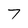
Character: 7